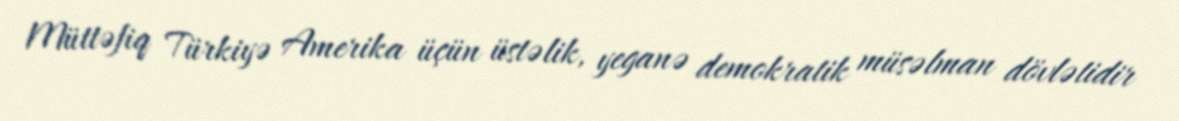
Müttəfiq Türkiyə Amerika üçün üstəlik, yeganə demokratik müsəlman dövlətidir